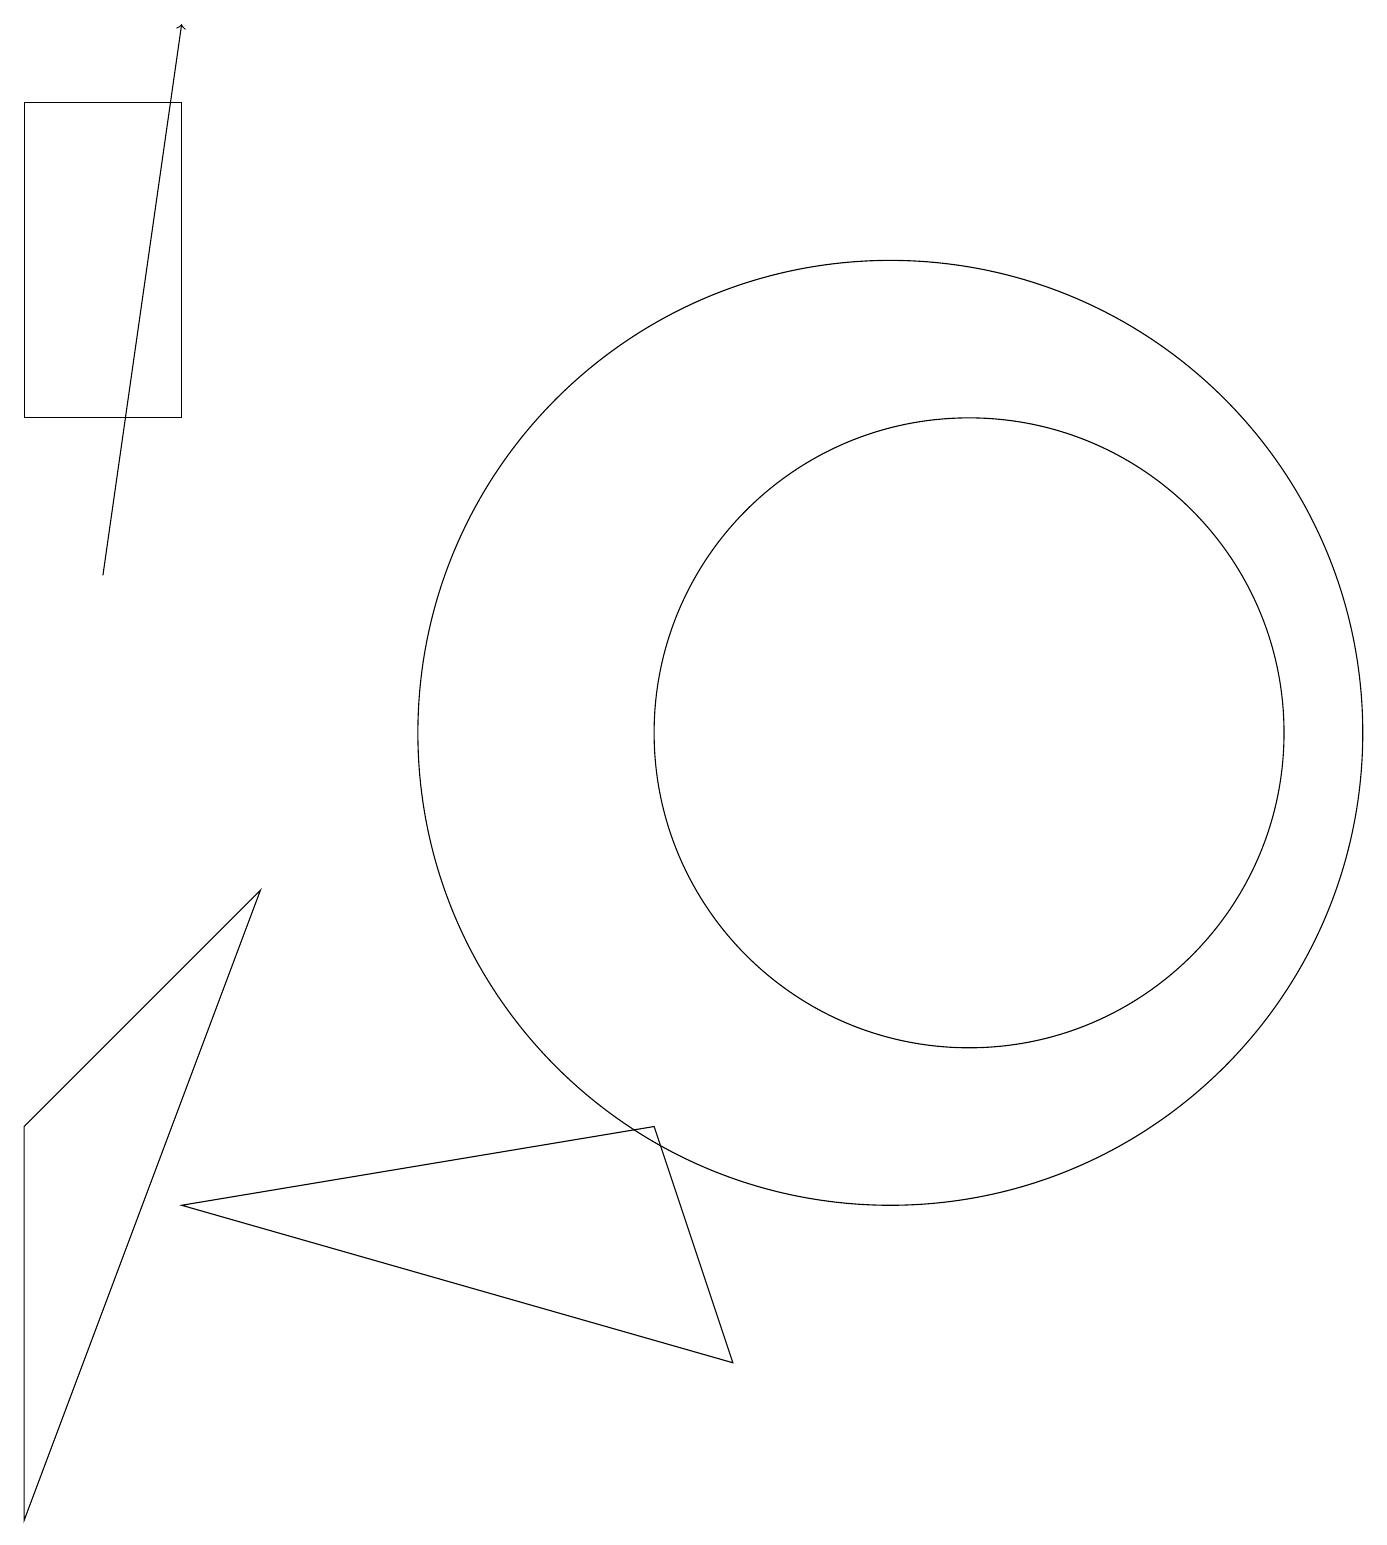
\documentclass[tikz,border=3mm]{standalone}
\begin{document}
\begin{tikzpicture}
\draw (0,18) rectangle (2,14);
\draw[->] (1,12) -- (2,19);
\draw (2,4) -- (8,5) -- (9,2) -- cycle;
\draw (11,10) circle (6);
\draw (12,10) circle (4);
\draw (0,5) -- (3,8) -- (0,0) -- cycle;
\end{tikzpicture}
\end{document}